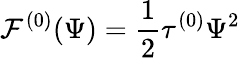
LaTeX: {\cal F}^{(0)}(\Psi)=\frac{1}{2}\tau^{(0)}\Psi^{2}